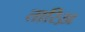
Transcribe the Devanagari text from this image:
तारिख़